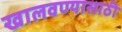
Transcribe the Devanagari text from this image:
खालवण्यासाठी